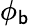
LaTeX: \phi_{\mathsf{b}}